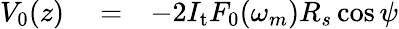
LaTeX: \begin{array}{rlr}{V_{0}(z)}&{{}=}&{-2I_{\mathrm{t}}F_{0}(\omega_{m})R_{s}\cos\psi}\end{array}